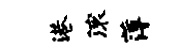
港滚薄